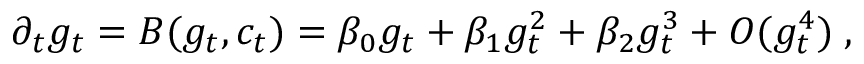
\partial _ { t } g _ { t } = B ( g _ { t } , c _ { t } ) = \beta _ { 0 } g _ { t } + \beta _ { 1 } g _ { t } ^ { 2 } + \beta _ { 2 } g _ { t } ^ { 3 } + O ( g _ { t } ^ { 4 } ) \; ,